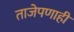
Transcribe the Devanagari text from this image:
ताजेपणाही